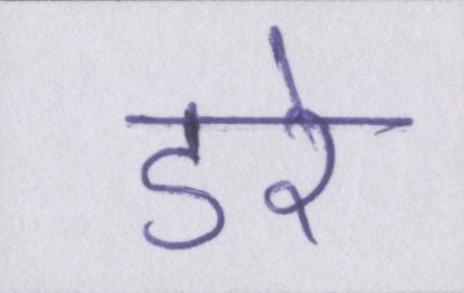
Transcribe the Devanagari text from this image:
डरे